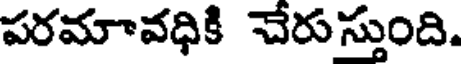
పరమావధికి చేరుస్తుంది.